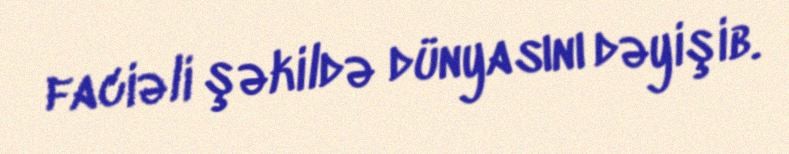
faciəli şəkildə dünyasını dəyişib.